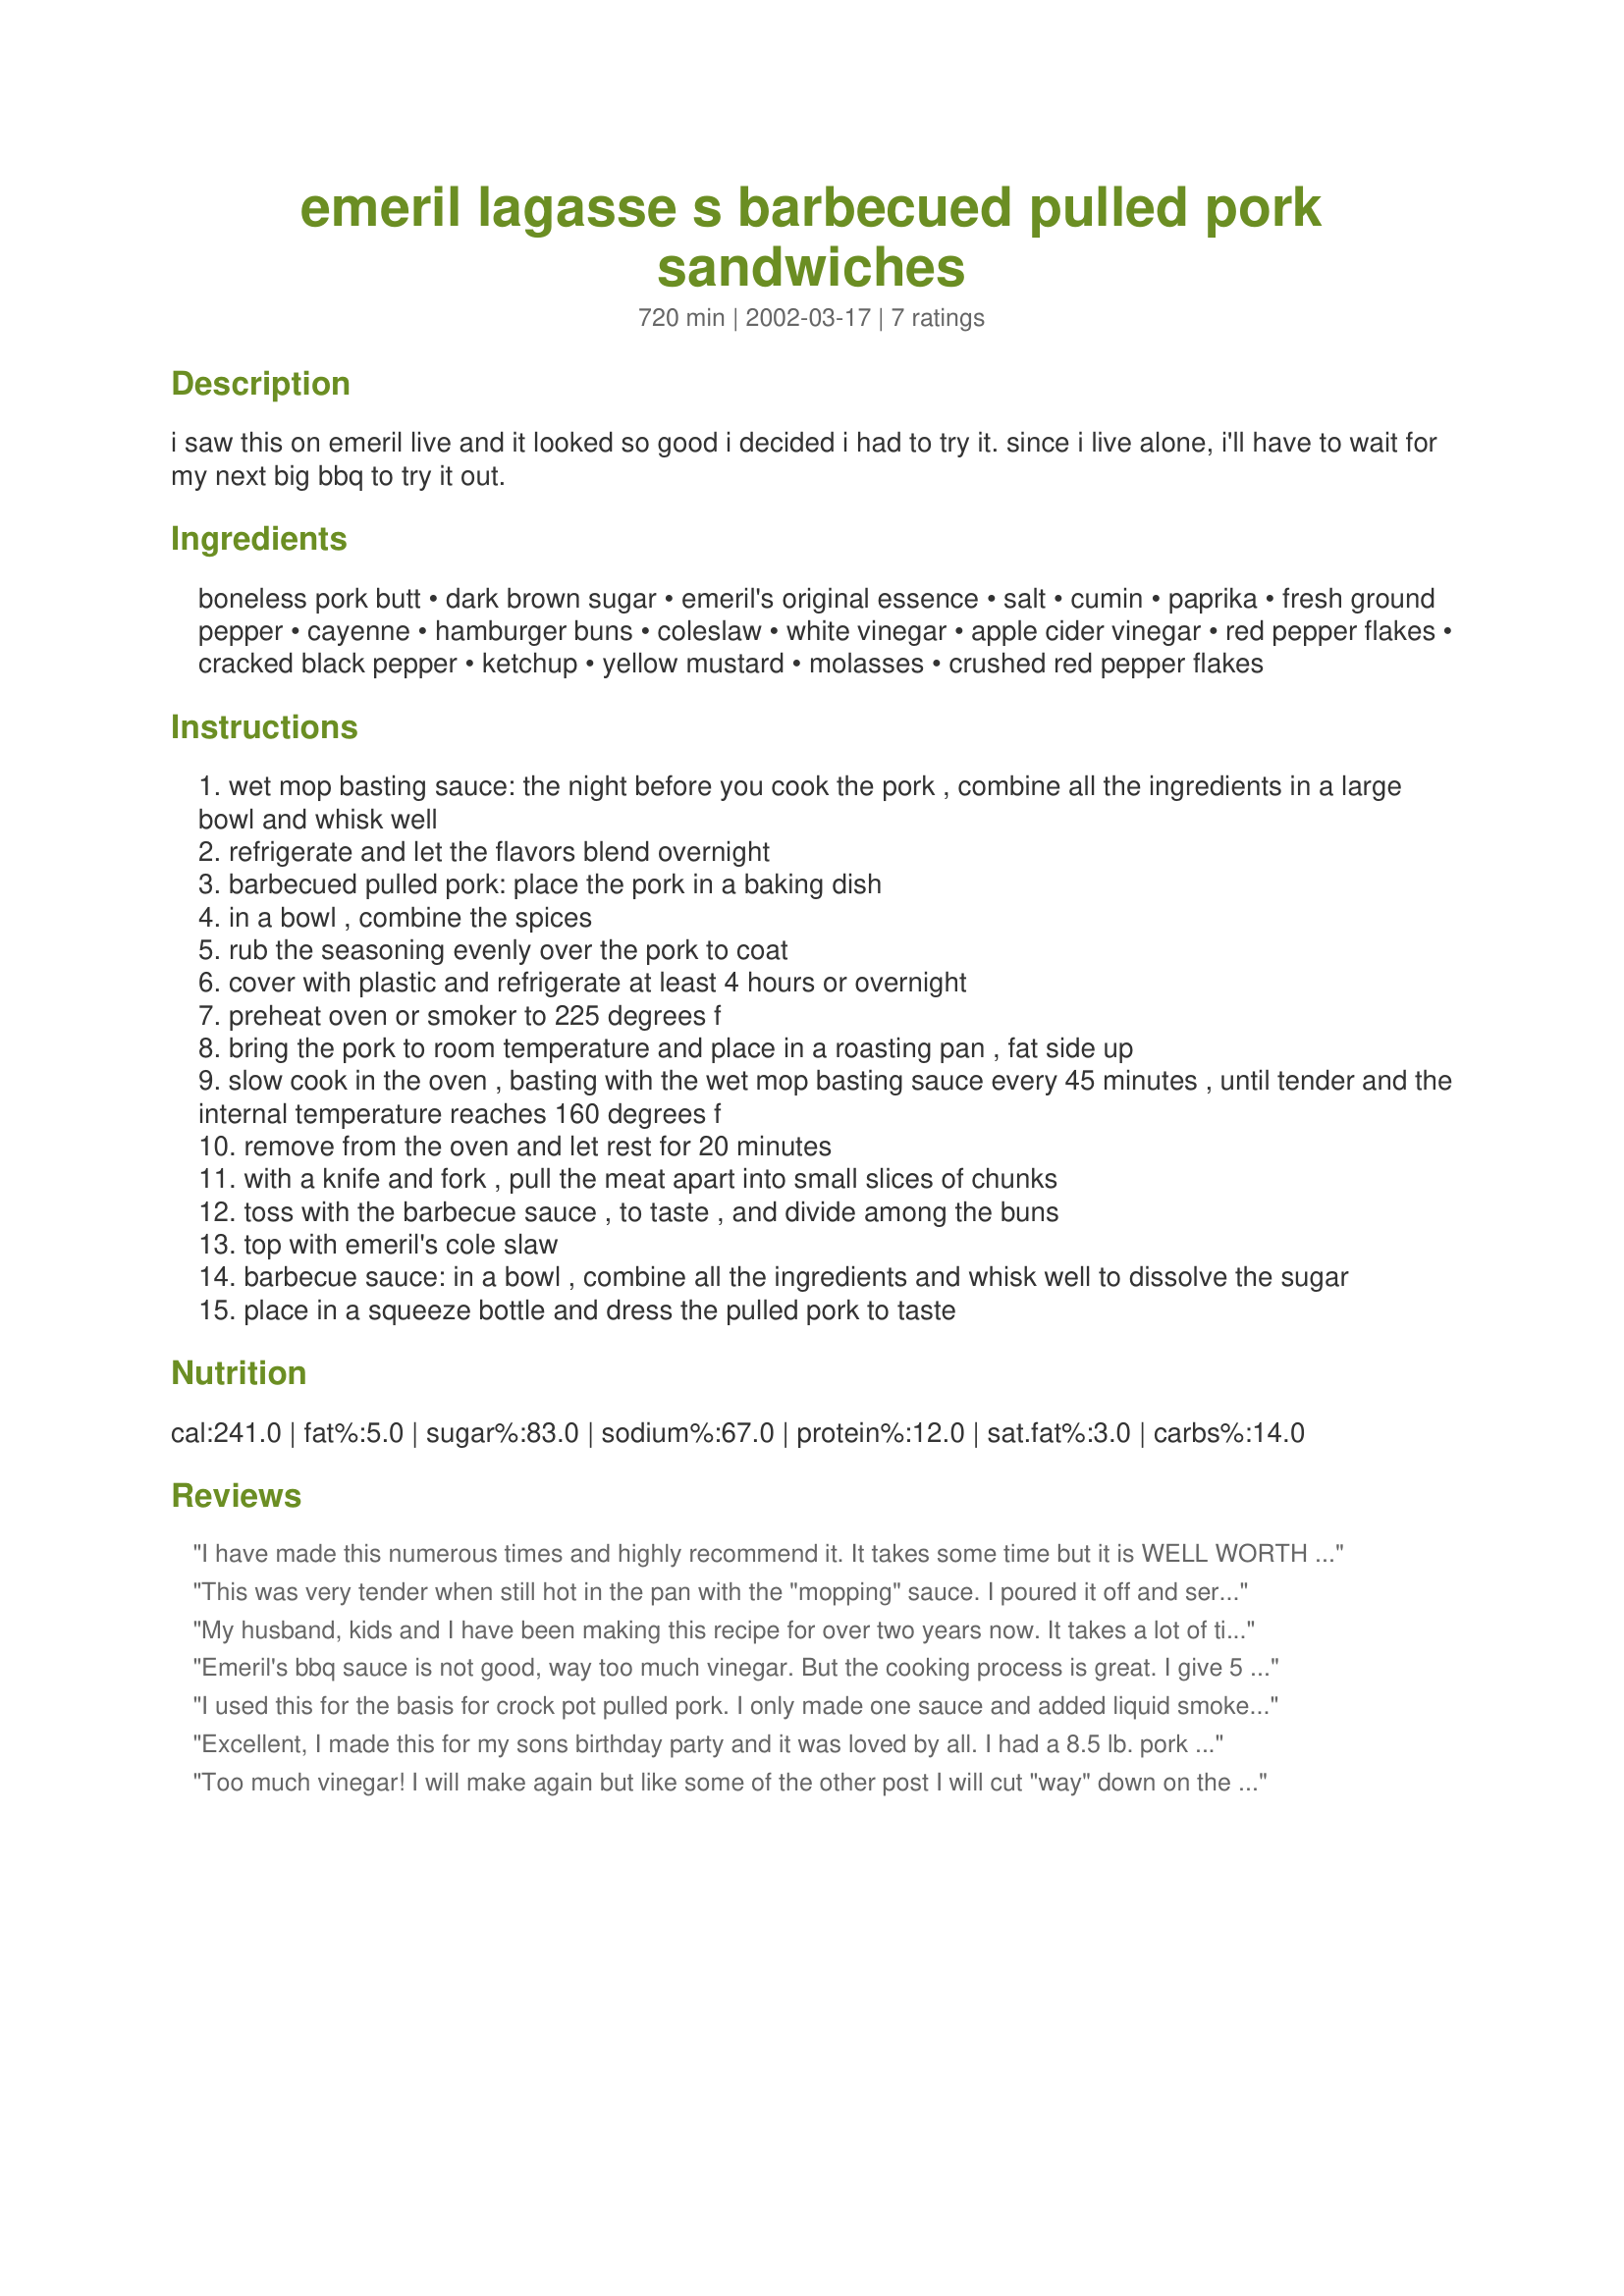
emeril lagasse s barbecued pulled pork sandwiches
Preparation time: 720 minutes

i saw this on emeril live and it looked so good i decided i had to try it. since i live alone, i'll have to wait for my next big bbq to try it out.

Ingredients:
boneless pork butt, dark brown sugar, emeril's original essence, salt, cumin, paprika, fresh ground pepper, cayenne, hamburger buns, coleslaw, white vinegar, apple cider vinegar, red pepper flakes, cracked black pepper, ketchup, yellow mustard, molasses, crushed red pepper flakes

Steps:
wet mop basting sauce: the night before you cook the pork , combine all the ingredients in a large bowl and whisk well
refrigerate and let the flavors blend overnight
barbecued pulled pork: place the pork in a baking dish
in a bowl , combine the spices
rub the seasoning evenly over the pork to coat
cover with plastic and refrigerate at least 4 hours or overnight
preheat oven or smoker to 225 degrees f
bring the pork to room temperature and place in a roasting pan , fat side up
slow cook in the oven , basting with the wet mop basting sauce every 45 minutes , until tender and the internal temperature reaches 160 degrees f
remove from the oven and let rest for 20 minutes
with a knife and fork , pull the meat apart into small slices of chunks
toss with the barbecue sauce , to taste , and divide among the buns
top with emeril's cole slaw
barbecue sauce: in a bowl , combine all the ingredients and whisk well to dissolve the sugar
place in a squeeze bottle and dress the pulled pork to taste

Reviews:
I have made this numerous times and highly recommend it. It takes some time but it is WELL WORTH IT!
It is a very good recipe weather I cook this in the oven or on the smoker, although the smoker gives this an added quality in our opinion.
I follow the recipe as it is shown with the exception of the Barbecue sauce. I make my own sauce that has quite a bit more "kick" than the one shown here. I also use a Carolina style sauce somtimes (see Big Daddy's Carolina Sauce on this web site). Serve with cole slaw and you have a great meal. Leftovers, if you have any, are great also.
This was very tender when still hot in the pan with the "mopping" sauce. I poured it off and served it with the "barbecue" sauce. I thought both sauces were too vinegary--so I tossed them and used a barbecue sauce from the market. If I made it again, I would cut down on the vinegar in both sauces.
My husband, kids and I have been making this recipe for over two years now. It takes a lot of time but is definately worth every minute. I have had tons of comments on how vinegary the house smells (some think not in a good way) when they walk in and I always tell them, just wait....you will like it. You have to get the whole "picture", yes the sauce smells vinegary but once you marry it with the pork and the homemade coleslaw it's magic and amazing, my mouth waters just thinking about it. The only suggestion that I have is to maybe cut the cayenne pepper in half as it is every part of this recipe, the rub, the mop sauce, bbq sauce and even the coleslaw have cayenne in it or at least seems as if it does. I think this recipe is probably our favourite recipe that we make, that says alot as there are a few favourites that we make often. Mmmmmmmm!!
Emeril's bbq sauce is not good, way too much vinegar. But the cooking process is great. I give 5 stars to the roasted pork and 0 stars for the sauce, sorry. I tried to save the sauce by adding more ketchup, and molasses, & brown sugar but realized I was wasting all those ingredients just to cover up so much vinegar. So I dumped it and made my own. Live and learn!
I used this for the basis for crock pot pulled pork. I only made one sauce and added liquid smoke and not quite as much vineagar. However, growing up in the Carolinas, I prefer this recipe much better than the overwhelmingly sweet ones. Thanks so much
Excellent, I made this for my sons birthday party and it was loved by all. I had a 8.5 lb. pork butt that is cooked in the oven at 225 degrees for 12 hours and it came out moist and delicious. I had the large pork shoulder which had the thick skin still on it so I sliced by the skin and some of the fat and placed the rub under the skin then placed the skin back on and wrapped in foil. I doubled the rub and probably added more brown sugar as I like my rubs on the sweeter side cut back on the vinegar for the mopping sauce as suggested by another reviewer. Thanks for the great recipe.
Too much vinegar! I will make again but like some of the other post I will cut "way" down on the vinegar!
